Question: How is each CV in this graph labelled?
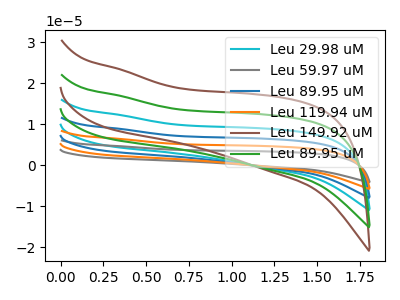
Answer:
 <answer>The cyan curve is labeled "Leu 29.98 uM". The gray curve is labeled "Leu 59.97 uM". The blue curve is labeled "Leu 89.95 uM". The orange curve is labeled "Leu 119.94 uM". The brown curve is labeled "Leu 149.92 uM". The green curve is labeled "Leu 89.95 uM".</answer>
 <eval></eval>